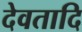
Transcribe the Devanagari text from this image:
देवतादि